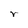
Character: r